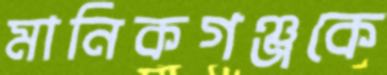
মানিকগঞ্জকে